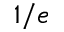
1 / e